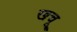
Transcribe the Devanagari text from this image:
खचू